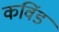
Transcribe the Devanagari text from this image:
कविंड